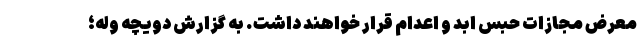
معرض مجازات حبس ابد و اعدام قرار خواهند داشت. به گزارش دویچه وله؛